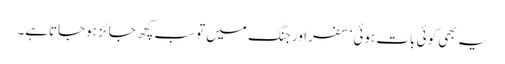
یہ بھی کوئی بات ہوئی‘ سفراور جنگ میں توسب کچھ جائز ہوجاتاہے۔